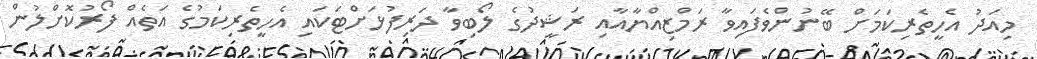
މިއަދު އެހީތެރިކަމަށް ބޭނުންވެފައިވާ ރަމްޒިއްޔާއާއި ރަޝީދުގެ ލޯބިވާ ދަރިފުޅަށްޓަކައި އެހީތެރިކަމުގެ އަތެއް ފޯރުކޮށްލުން